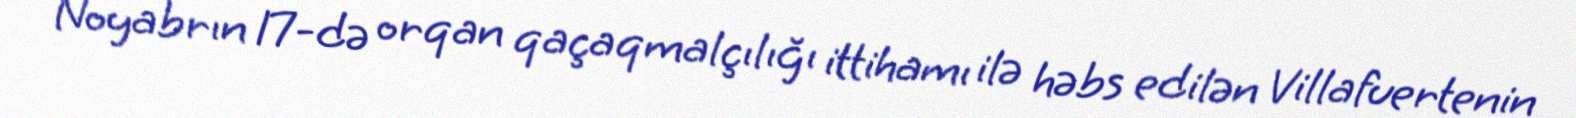
Noyabrın 17-də orqan qaçaqmalçılığı ittihamı ilə həbs edilən Villafuertenin